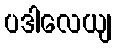
ပဒါလေယျ